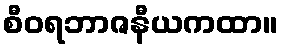
စီဝရဘာဇနီယကထာ။